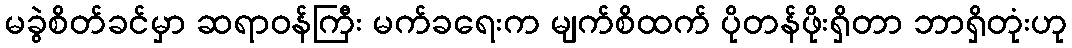
မခွဲစိတ်ခင်မှာ ဆရာဝန်ကြီး မက်ခရေးက မျက်စိထက် ပိုတန်ဖိုးရှိတာ ဘာရှိတုံးဟု